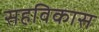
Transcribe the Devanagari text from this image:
सहविकास